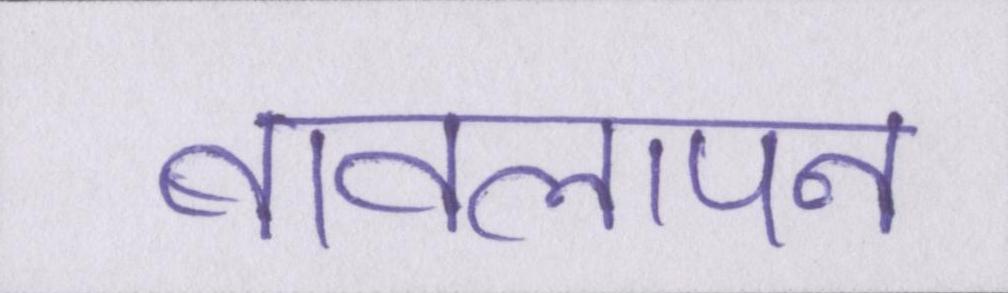
बावलापन